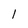
Character: 1